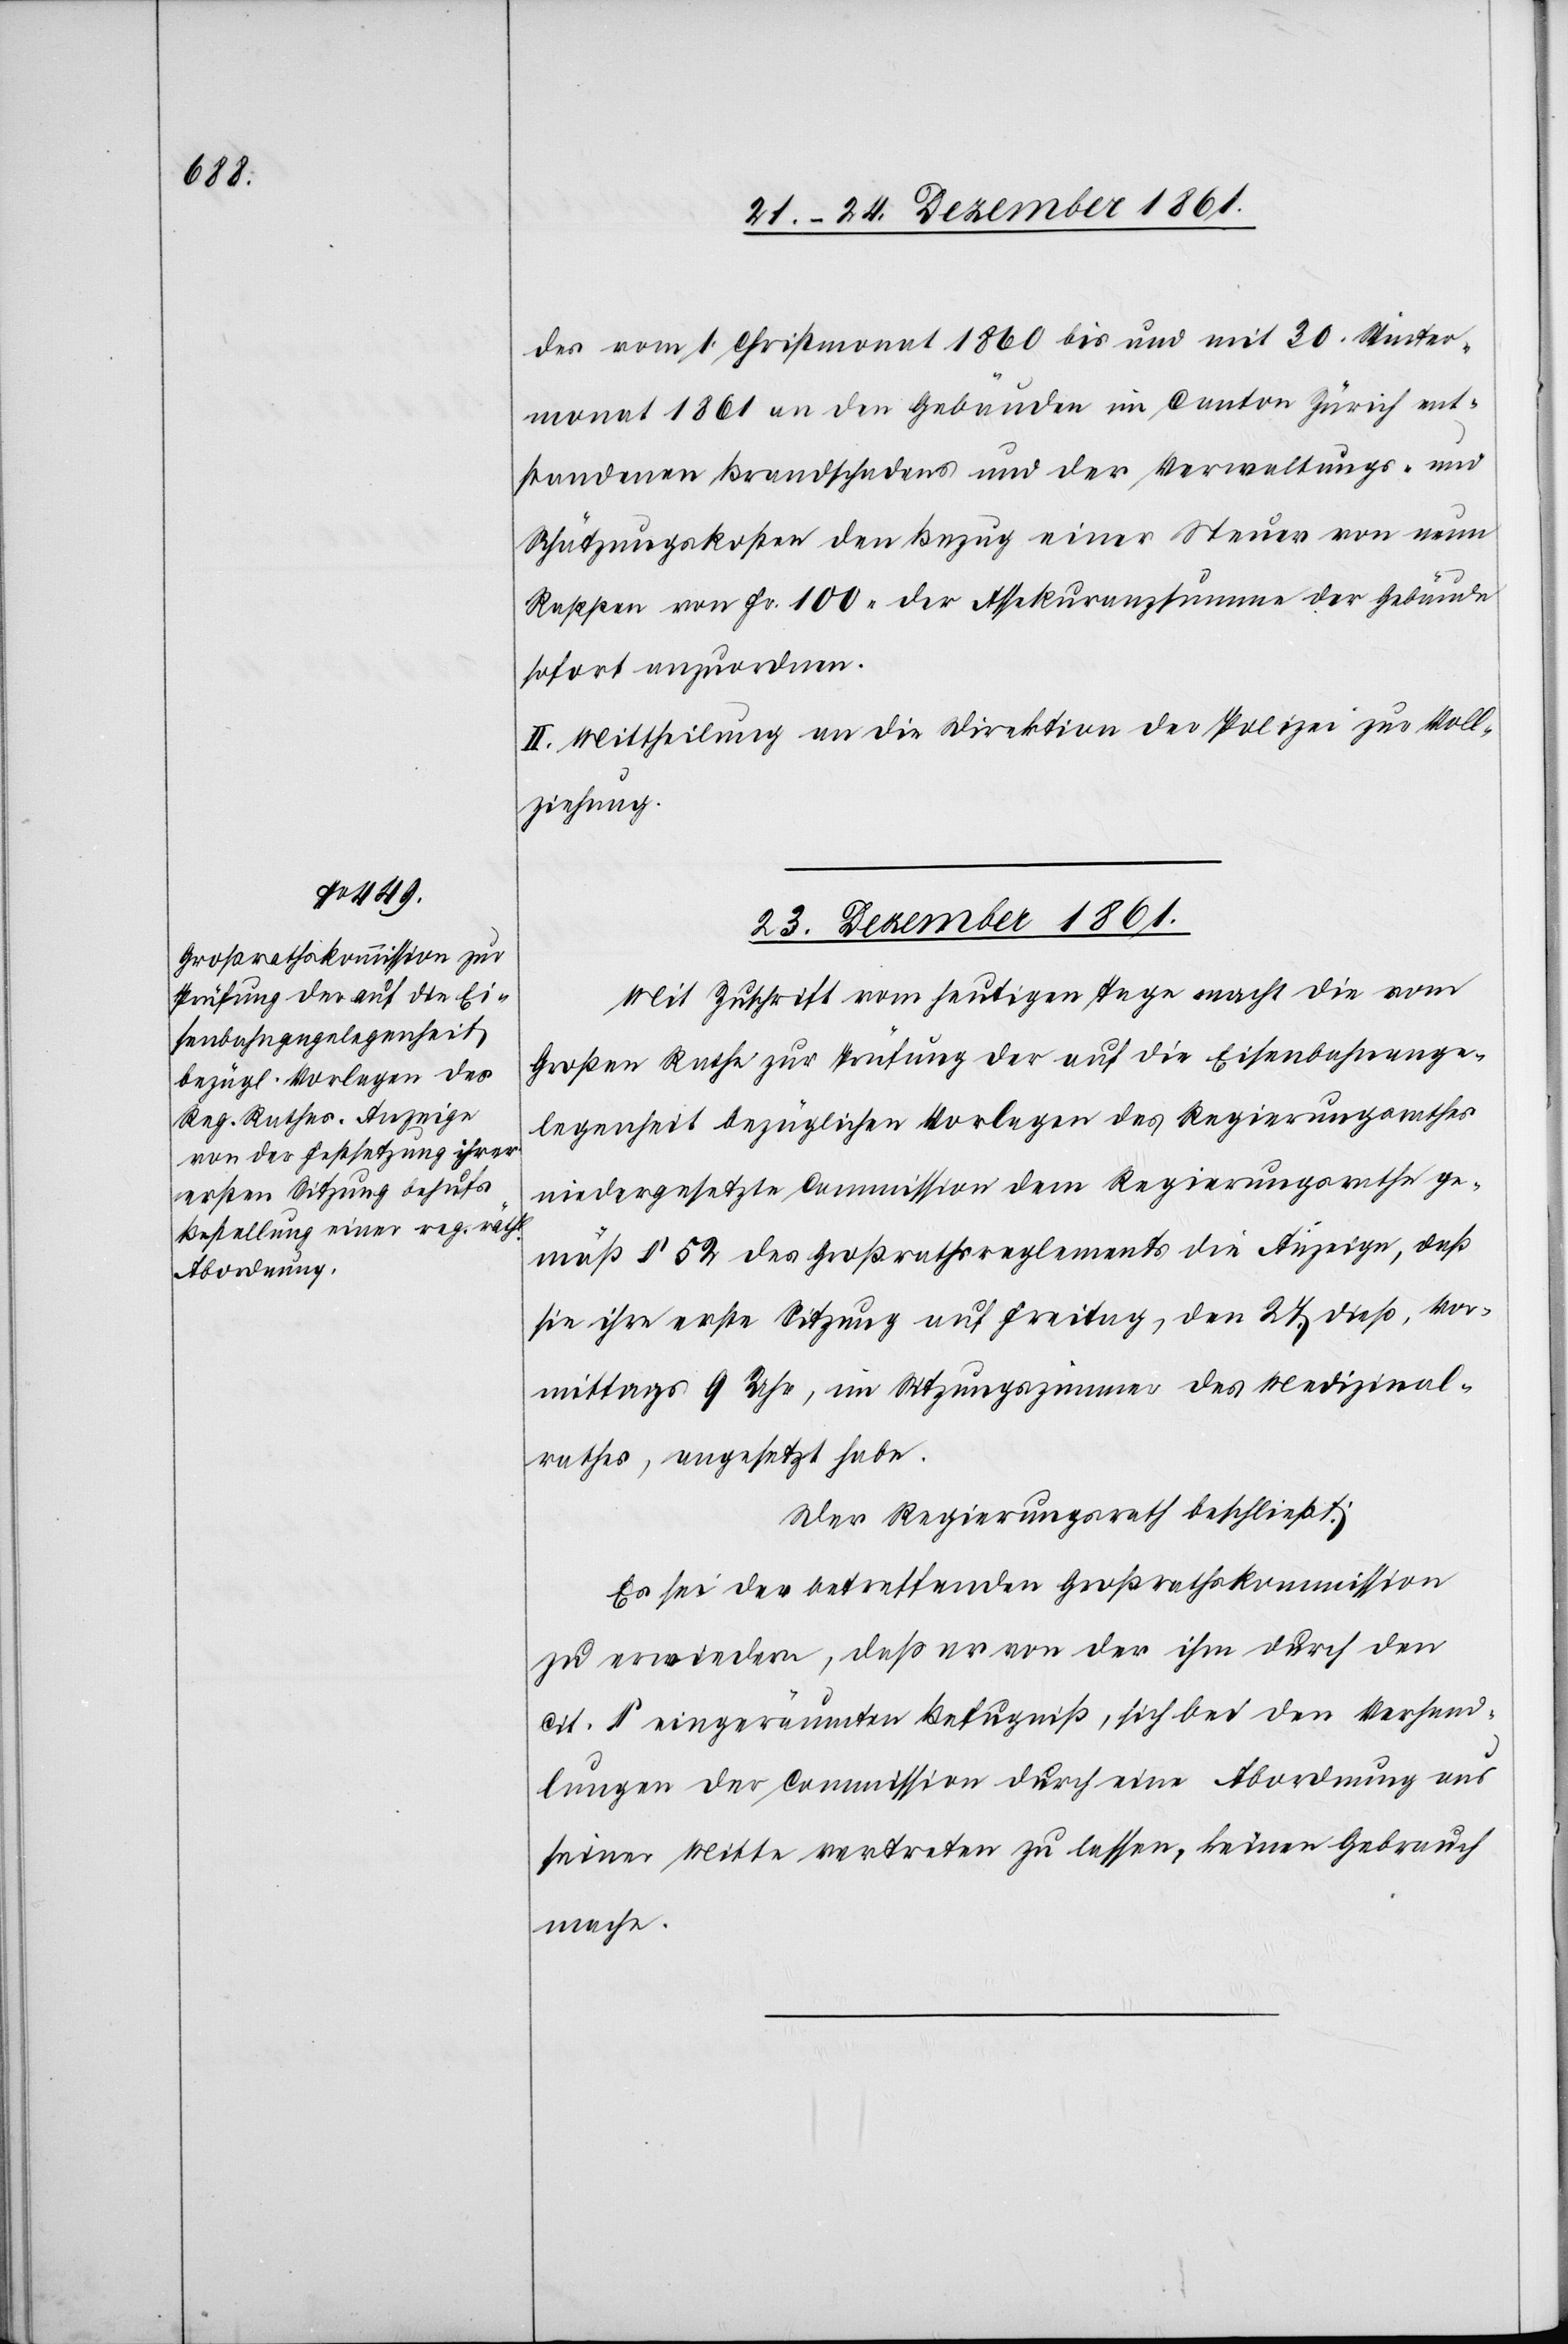
des vom 1 Christmonat 1860 bis und mit 30 Winter¬
monat 1861 an den Gebäuden im Canton Zürich ent¬
standenen Brandschadens und der Verwaltungs- und
Schätzungskosten den Bezug einer Steuer von neun
Rappen von Fr. 100 der Assekuranzsumme der Gebäude
sofort anzuordnen.
II. Mittheilung an die Direktion der Polizei zur Voll¬
ziehung.
23 Dezember 1861.
Mit Zuschrift vom heutigen Tage macht die vom
Großen Rathe zur Prüfung der auf die Eisenbahnange¬
legenheit bezüglichen Vorlagen des Regierungsrathes
niedergesetzte Commission dem Regierungsrathe ge¬
mäß § 52 des Großrathsreglements die Anzeige, daß
sie ihre erste Sitzung auf Freitag, den 27 dieß, Vor¬
mittags 9 Uhr, im Sitzungszimmer des Medizinal¬
rathes, angesetzt habe.
Der Regierungsrath beschließt:
Es sei der betreffenden Großrathskommission
zu erwiedern, daß er von der ihm durch den
cit. § eingeräumten Befugniß, sich bei den Verhand¬
lungen der Commission durch eine Abordnung aus
seiner Mitte vertreten zu lassen, keinen Gebrauch
mache.